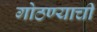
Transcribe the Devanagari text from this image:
गोठण्याची